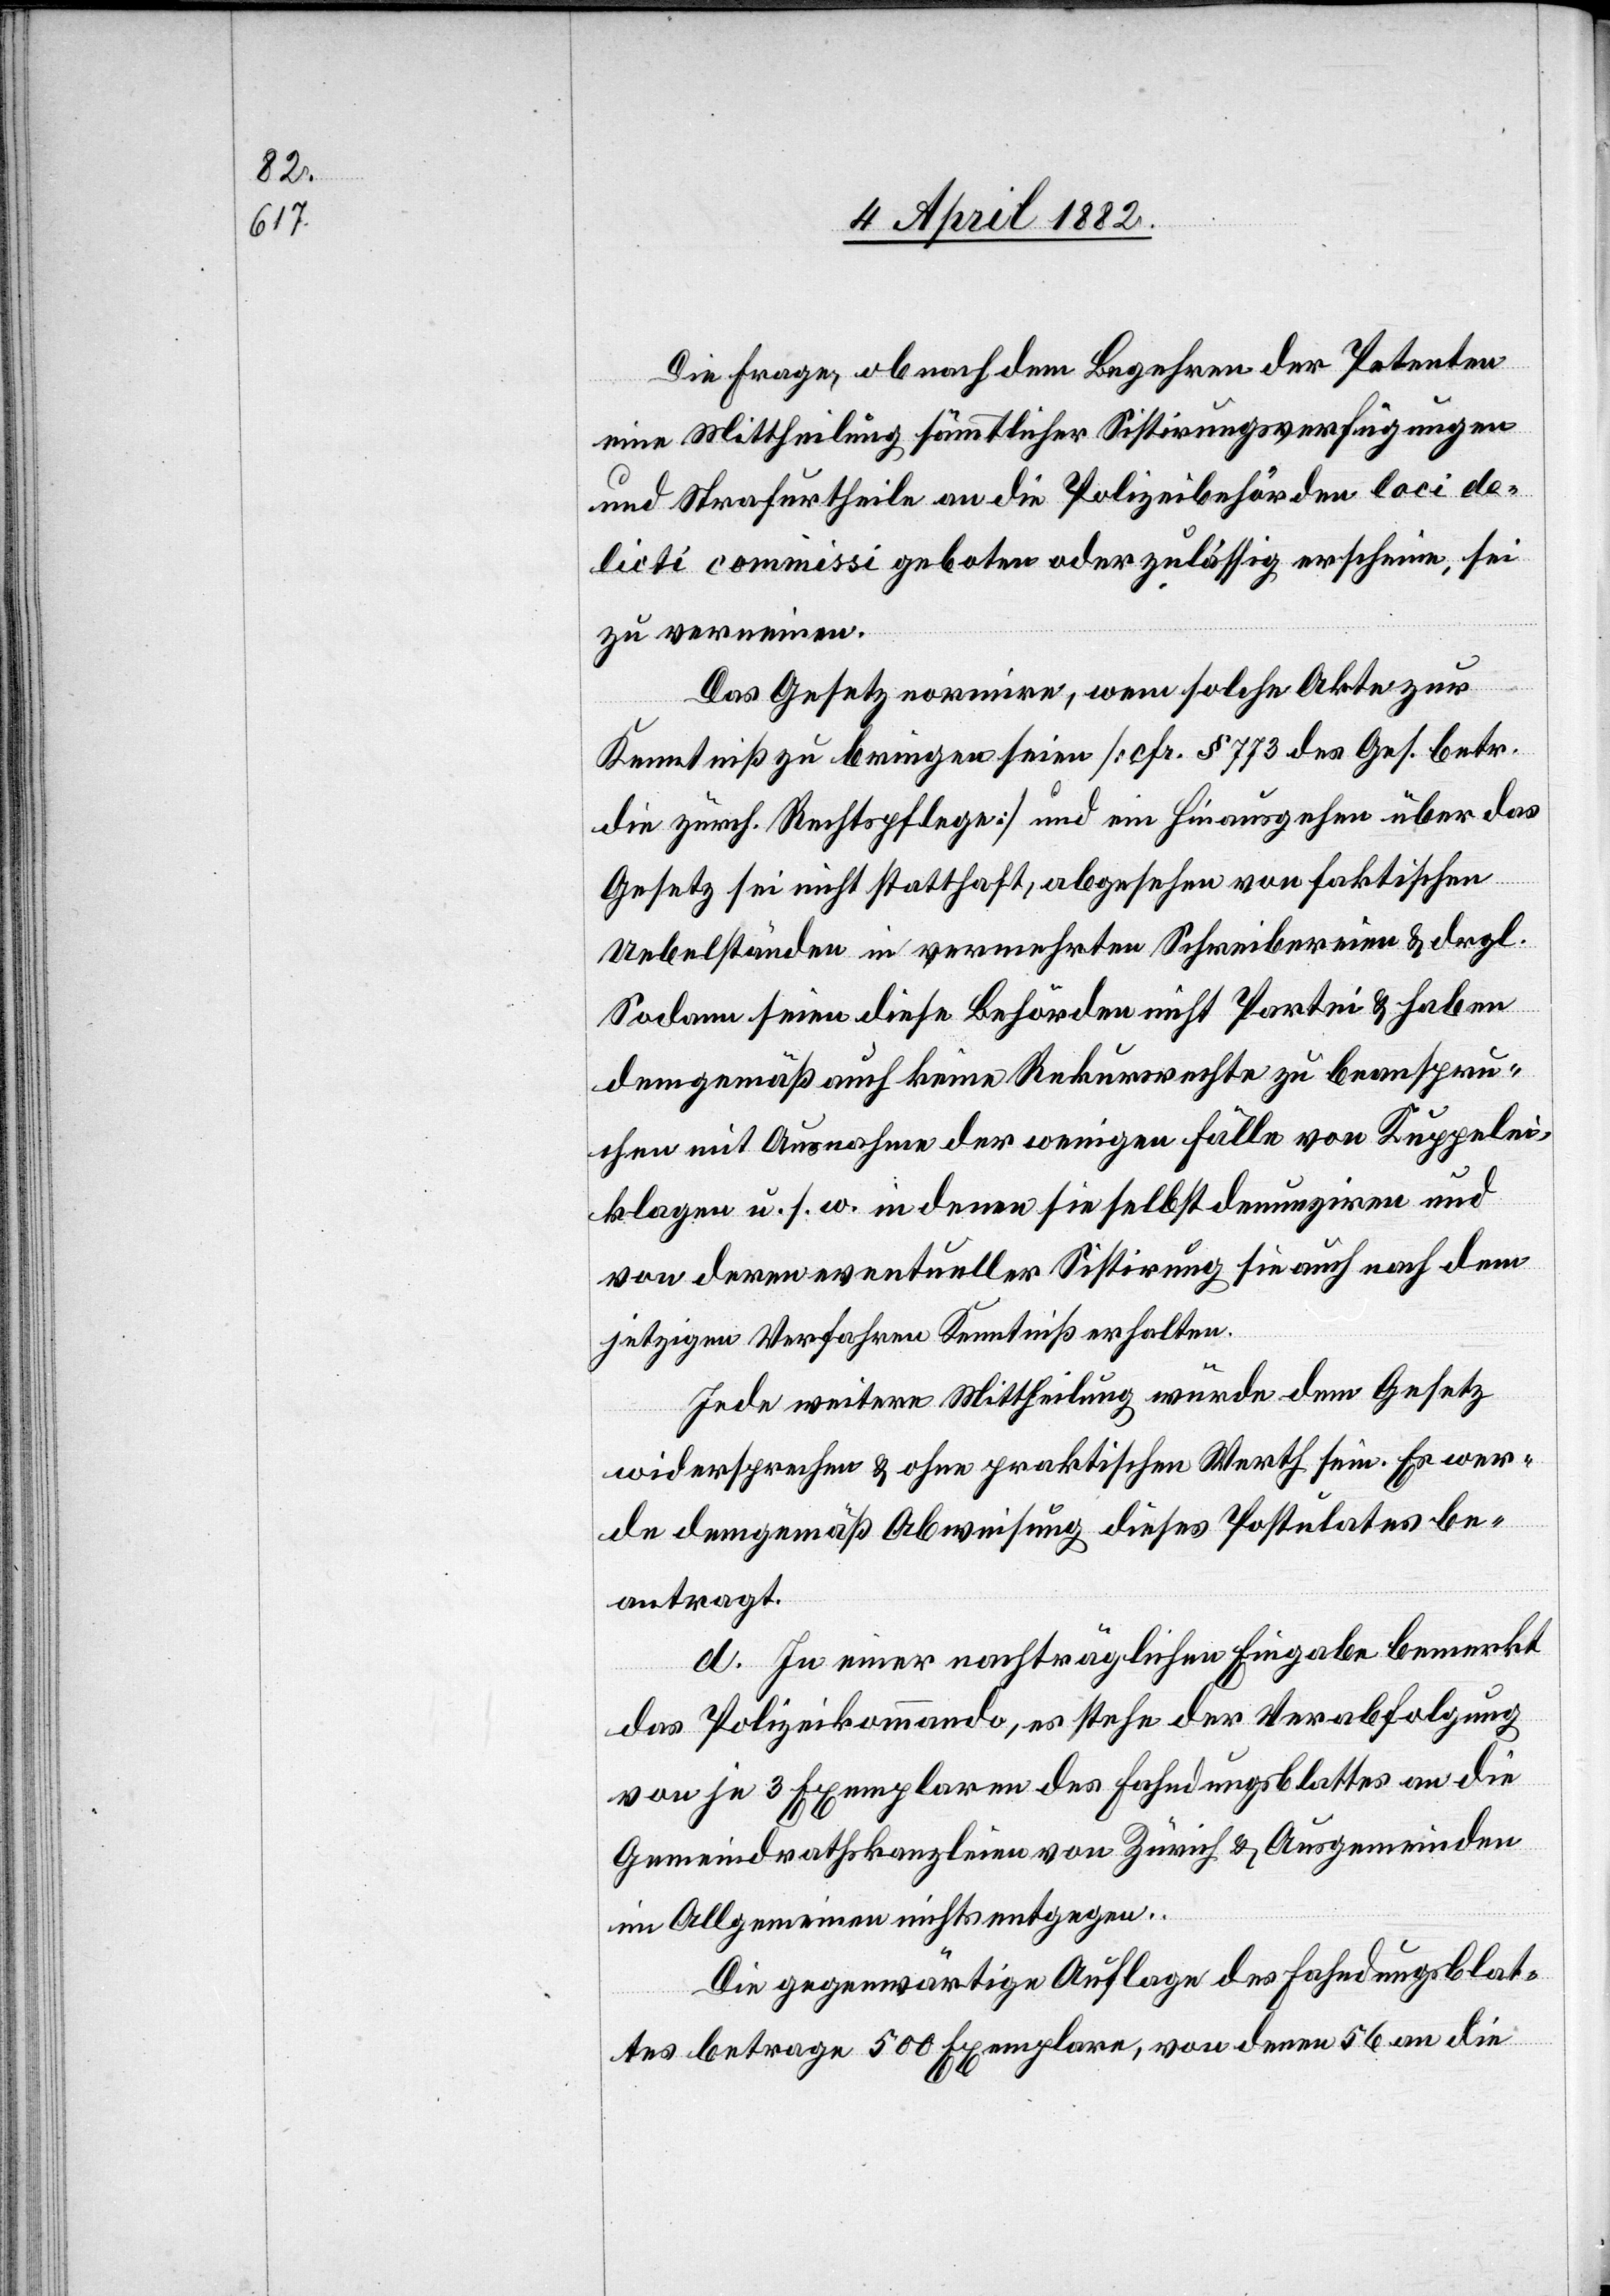
Die Frage, ob nach dem Begehren der Petenten
eine Mittheilung sämmtlicher Sistirungsverfügungen
und Strafurtheile an die Polizeibehörden loci de¬
licti commissi geboten oder zulässig erscheine, sei
zu verneinen.
Das Gesetz normire, wenn solche Akte zur
Kenntniß zu bringen seien [cfr. § 773 des Ges. betr.
die zürch. Rechtspflege] und ein Hinausgehen über das
Gesetz sei nicht statthaft, abgesehen von faktischen
Uebelständen in vermehrten Schreibereien & drgl.
Sodann seien diese Behörden nicht Partei & haben
demgemäß auch keine Rekursrechte zu beanspru¬
chen mit Ausnahme der wenigen Fälle von Kuppelei¬
klagen u. s. w. in denen sie selbst denunziren und
von deren eventueller Sistirung sie auch nach dem
jetzigen Verfahren Kenntniß erhalten.
Jede weitere Mittheilung würde dem Gesetz
widersprechen & ohne praktischen Werth sein. Es wer¬
de demgemäß Abweisung dieses Postulates be¬
antragt.
d. In einer nachträglichen Eingabe bemerkt
das Polizeikommando, es stehe der Verabfolgung
von je 3 Exemplaren des Fahndungsblattes an die
Gemeindrathskanzleien von Zürich & Ausgemeinden
im Allgemeinen nichts entgegen.
Die gegenwärtige Auflage des Fahndungsblat¬
tes betrage 500 Exemplare, von denen 56 an die